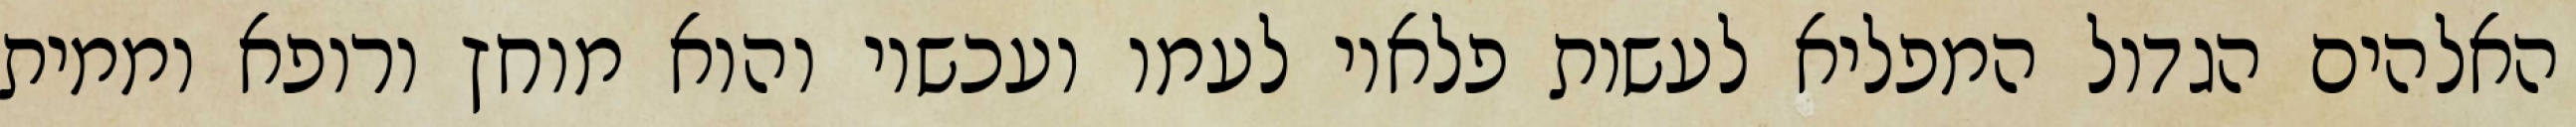
האלהים הגדול המפליא לעשות פלאיו לעמו ועכשיו והוא מוחץ ורופא וממית